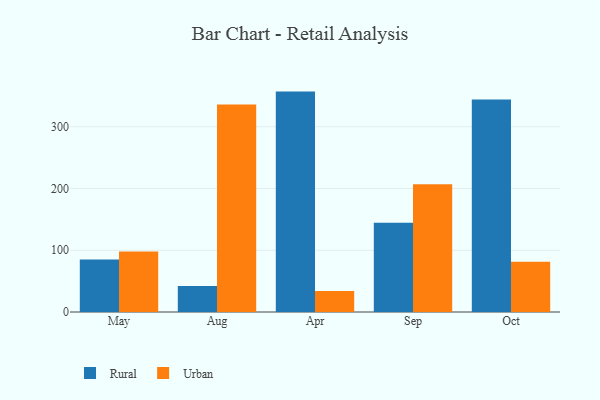
{"axis": {"x": "Month", "y": "Market Share (%)"}, "legend": ["Rural", "Urban"], "data": [{"x": "May", "y": 85.1, "type": "Rural"}, {"x": "May", "y": 97.9, "type": "Urban"}, {"x": "Aug", "y": 42.2, "type": "Rural"}, {"x": "Aug", "y": 335.9, "type": "Urban"}, {"x": "Apr", "y": 356.9, "type": "Rural"}, {"x": "Apr", "y": 34.1, "type": "Urban"}, {"x": "Sep", "y": 144.6, "type": "Rural"}, {"x": "Sep", "y": 206.8, "type": "Urban"}, {"x": "Oct", "y": 344.0, "type": "Rural"}, {"x": "Oct", "y": 81.4, "type": "Urban"}]}